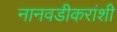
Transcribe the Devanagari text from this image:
नानवडीकरांशी